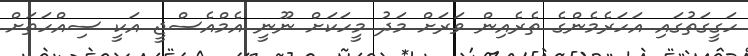
ހަގީގަތުގައި އަަހަރެމެންގެ ތެރެއިން ވަރަށް މަދު މީހަކަށް ނޫނީ އެމްއެސްޖީ އަކީ ސިއްހަތަށް